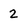
Character: 2